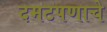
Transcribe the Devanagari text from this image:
दमटपणाचे